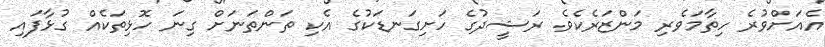
އެއަށްވުރެ ހިތާމަވެރި މަންޒަރެކެވެ. ރަޝީދުގެ ހަށިގަނޑަކުގެ އެކި ތަންތަނަށް ގިނަ ހޮޅިތަކެއް ގުޅާފައި